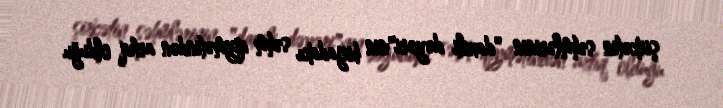
şirkətin səhmlərinin "daxili dəyəri"nin birjadakı səhm qiymətindən artıq olduğu